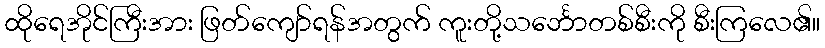
ထိုရေအိုင်ကြီးအား ဖြတ်ကျော်ရန်အတွက် ကူးတို့သင်္ဘောတစ်စီးကို စီးကြလေ၏။